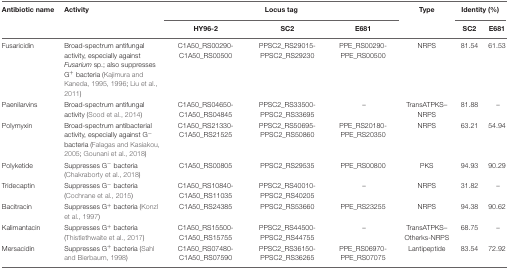
| Antibiotic name | Activity | <COLSPAN=3> Locus tag | Type | <COLSPAN=2> Identity (%) |
 |  |  | HY96-2 | SC2 | E681 |  | SC2 | E681 |
 | --- | --- | --- | --- | --- | --- | --- | --- |
 | Fusaricidin | Broad-spectrum antifungal activity, especially against Fusarium sp.; also suppresses G+ bacteria (Kajimura and Kaneda, 1995, 1996; Liu et al., 2011) | C1A50_RS00290- C1A50_RS00500 | PPSC2_RS29015- PPSC2_RS29230 | PPE_RS00290- PPE_RS00500 | NRPS | 81.54 | 61.53 |
 | Paenilarvins | Broad-spectrum antifungal activity (Sood et al., 2014) | C1A50_RS04650- C1A50_RS04845 | PPSC2_RS33500- PPSC2_RS33695 | – | TransATPKS– NRPS | 81.88 | – |
 | Polymyxin | Broad-spectrum antibacterial activity, especially against G- bacteria (Falagas and Kasiakou, 2005; Gounani et al., 2018) | C1A50_RS21330- C1A50_RS21525 | PPSC2_RS50695- PPSC2_RS50860 | PPE_RS20180- PPE_RS20350 | NRPS | 63.21 | 54.94 |
 | Polyketide | Suppresses G- bacteria (Chakraborty et al., 2018) | C1A50_RS00805 | PPSC2_RS29535 | PPE_RS00800 | PKS | 94.93 | 90.29 |
 | Tridecaptin | Suppresses G- bacteria (Cochrane et al., 2015) | C1A50_RS10840- C1A50_RS11035 | PPSC2_RS40010- PPSC2_RS40205 | – | NRPS | 31.82 | – |
 | Bacitracin | Suppresses G+ bacteria (Konzl et al., 1997) | C1A50_RS24385 | PPSC2_RS53660 | PPE_RS23255 | NRPS | 94.38 | 90.62 |
 | Kalimantacin | Suppresses G+ bacteria (Thistlethwaite et al., 2017) | C1A50_RS15500- C1A50_RS15755 | PPSC2_RS44500- PPSC2_RS44755 | – | TransATPKS– Otherks-NRPS | 68.75 | – |
 | Mersacidin | Suppresses G+ bacteria (Sahl and Bierbaum, 1998) | C1A50_RS07480- C1A50_RS07590 | PPSC2_RS36150- PPSC2_RS36265 | PPE_RS06970- PPE_RS07075 | Lantipeptide | 83.54 | 72.92 |